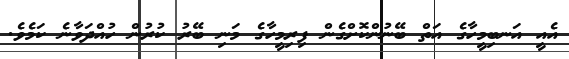
އެއީ އަނބިމީހާގެ އަތް ބޭނުންކޮށްގެން ފިރިމީހާގެ މަނި ބޭރު ކުރުން ހުއްދަވާނެ ކަމެވެ.